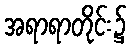
အရာရာတိုင်း၌